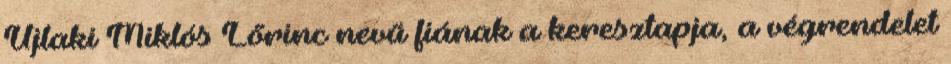
Újlaki Miklós Lőrinc nevű fiának a keresztapja, a végrendelet